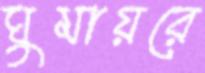
ঘুমায়রে